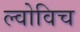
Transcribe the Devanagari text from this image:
ल्वोविच